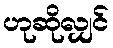
ဟုဆိုလျှင်